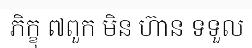
ភិក្ខុ ៧ពួក មិន ហ៊ាន ទទួល